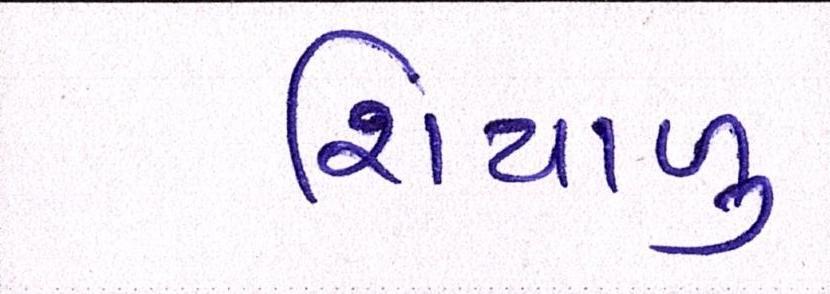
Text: શિયાળુ